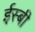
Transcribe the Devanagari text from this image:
ईस्बी